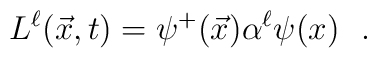
L^\ell(\vec{x},t) = \psi^{+} (\vec{x}) \alpha^\ell \psi(x) ~~.